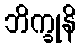
ဘိက္ခုနိ